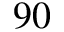
9 0